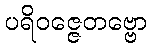
ပရိဝဇ္ဇေတဗ္ဗော